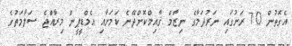
އެގޮތުން 70 ރަށުގައި ނަރުދަމާގެ ނިޒާމް ޤާއިމްކޮށްދޭނެ ކަމަށާއި އެމްޑީޕީން މިރާއްޖެ ސަލާމަތުގެ